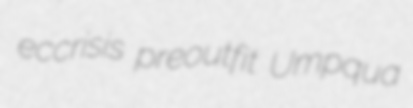
eccrisis preoutfit Umpqua